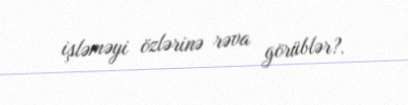
işləməyi özlərinə rəva görüblər?.